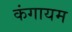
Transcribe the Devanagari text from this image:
कंगायम